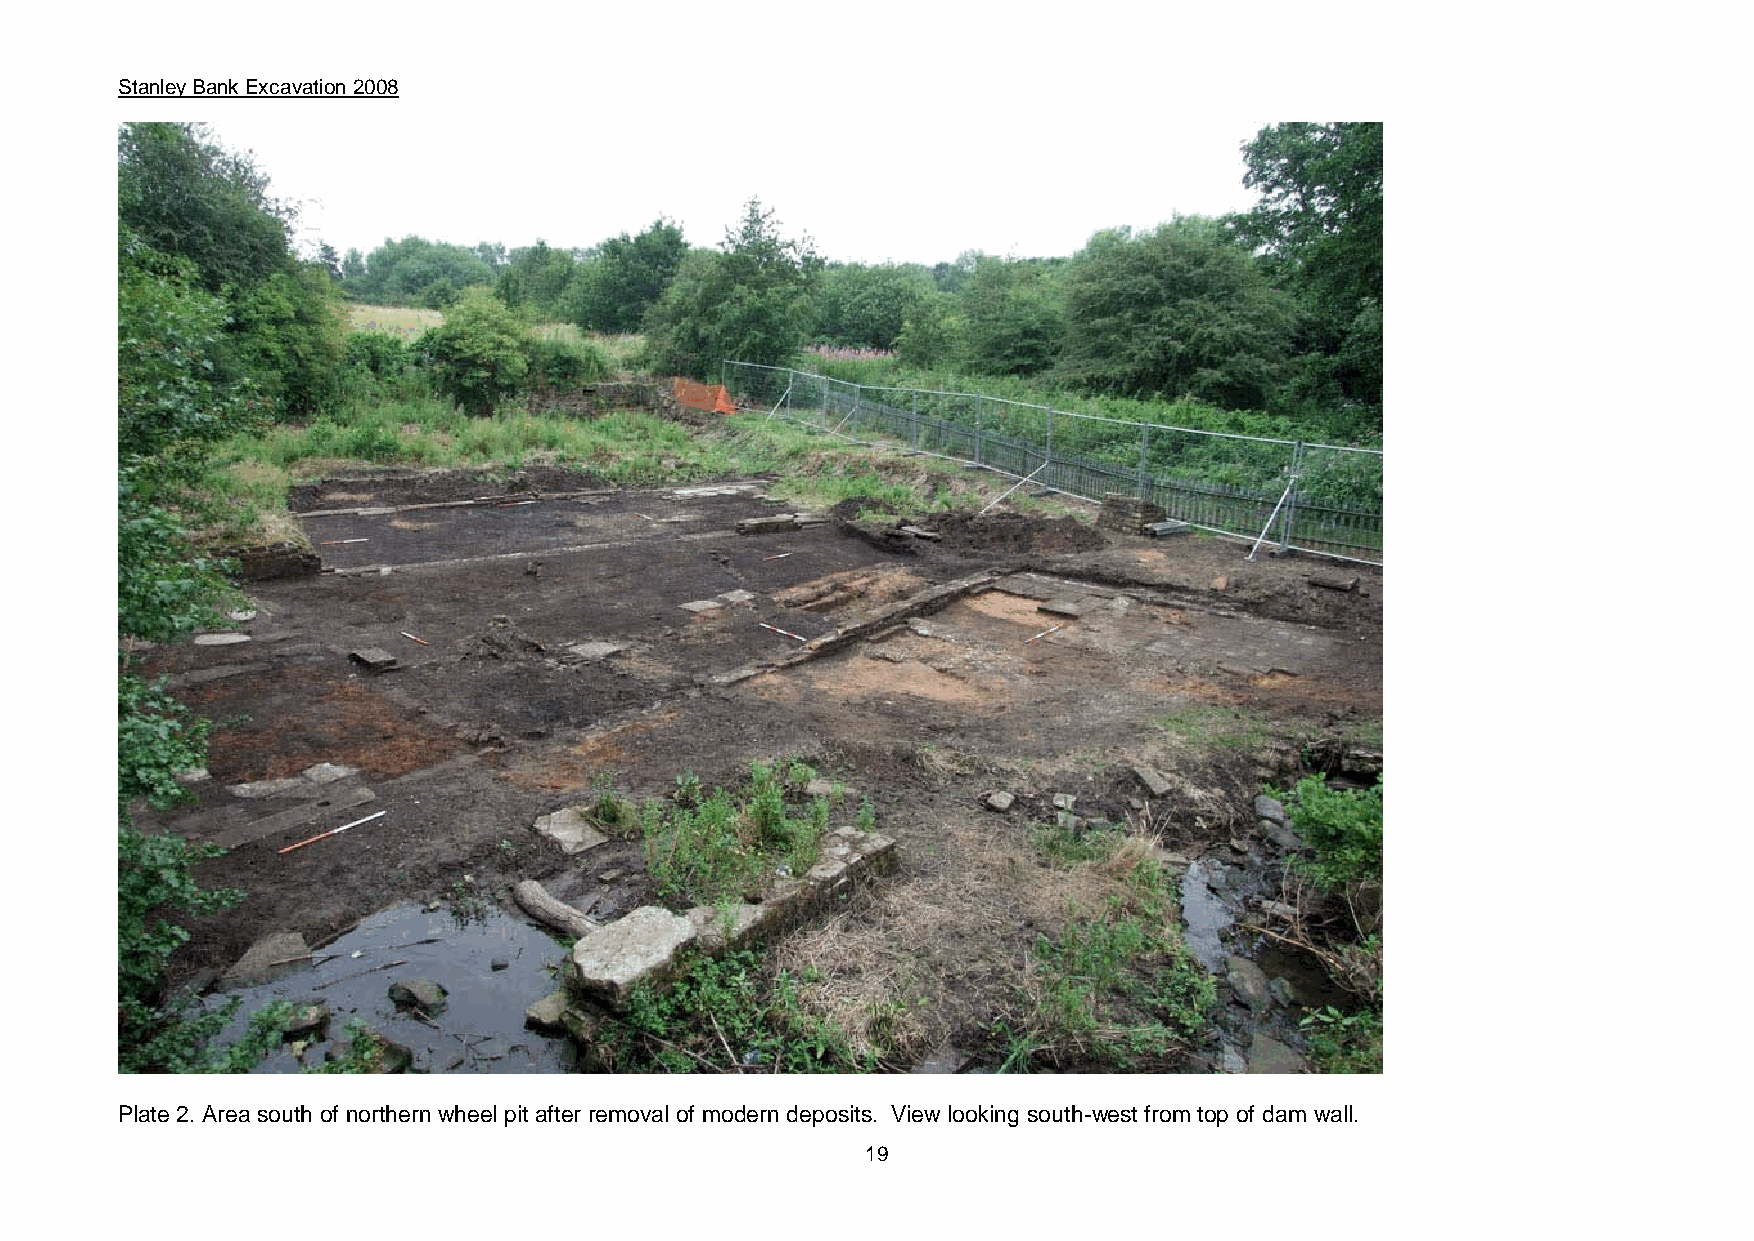
Stanley Bank Excavation 2008
 Plate 2. Area south of northern wheel pit after removal of modern deposits. View looking south-west from top of dam wall.
 19